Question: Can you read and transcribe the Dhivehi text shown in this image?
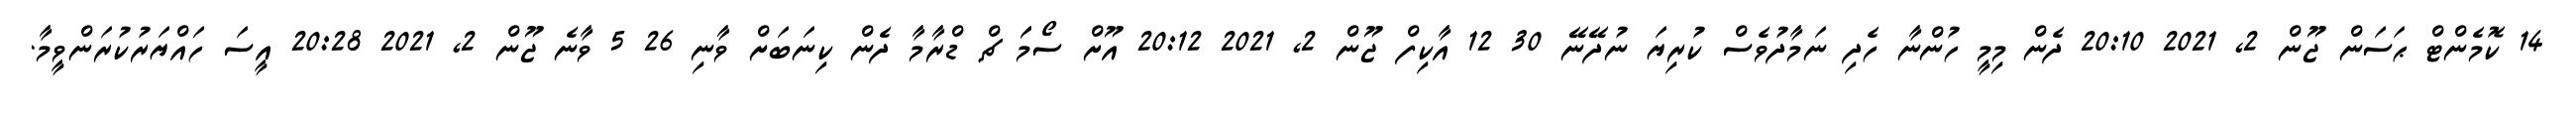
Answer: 14 ކޮމެންޓް ޙަސަން ޖޫން 2, 2021 20:10 ދެން މިމީ ހުންނާ ހެދި ނަމާދުވެސް ކުރިޔަ ނުދޭނޭ 30 12 އާކިފް ޖޫން 2, 2021 20:12 އޫށް ސޯމަަ ޗް ޑްރާމާ ދެން ކިނަބަށް ވާނި 26 5 ވާނެ ޖޫން 2, 2021 20:28 އީސަ ހައްޔަރުކުރަންވީމާ.